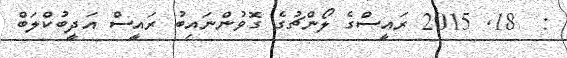
:  18